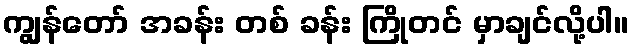
ကျွန်တော် အခန်း တစ် ခန်း ကြိုတင် မှာချင်လို့ပါ။